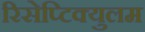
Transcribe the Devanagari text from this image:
रिसेप्टिक्युलम